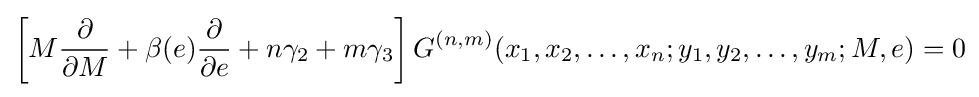
\left[M{\frac {\partial }{\partial M}}+\beta (e){\frac {\partial }{\partial e}}+n\gamma _{2}+m\gamma _{3}\right]G^{(n,m)}(x_{1},x_{2},\ldots ,x_{n};y_{1},y_{2},\ldots ,y_{m};M,e)=0